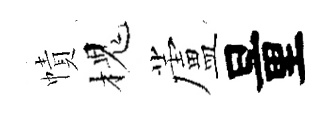
幘槐蘆量